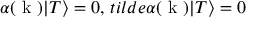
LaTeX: \alpha ( \mathrm { \boldmath ~ k ~ } ) | T \rangle = 0 , \, t i l d e { \alpha } ( \mathrm { \boldmath ~ k ~ } ) | T \rangle = 0